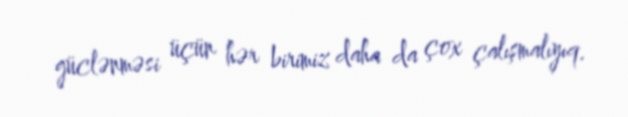
güclənməsi üçün hər birimiz daha da çox çalışmalıyıq.